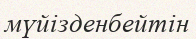
мүйізденбейтін